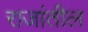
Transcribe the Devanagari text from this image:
राजांतील